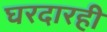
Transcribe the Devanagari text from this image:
घरदारही